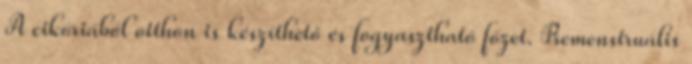
A cikóriából otthon is készíthető és fogyasztható főzet. Premenstruális